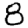
Digit: 8